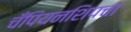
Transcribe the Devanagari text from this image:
चँपियनशिपचा